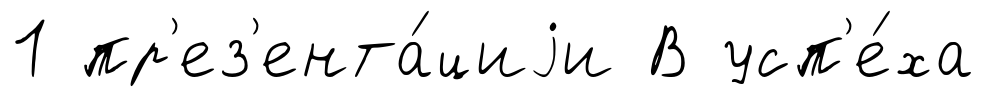
1 пр'ез'ента́циjи В усп'е́ха